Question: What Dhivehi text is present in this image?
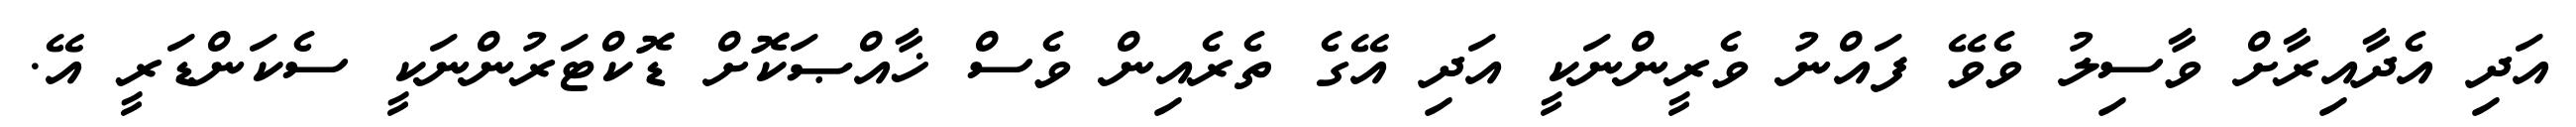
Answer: އަދި އެދާއިރާށް ވާސިލު ވެވޭ ފައްނު ވެރީންނަކީ އަދި އޭގެ ތެރެއިން ވެސް ޚާއްޞަކޮށް ޑޮކްޓަރުންނަކީ ސެކަންޑަރީ އޭ.